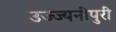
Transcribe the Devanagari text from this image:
उज्ज्यनीपुरी